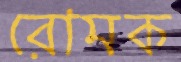
রোমক